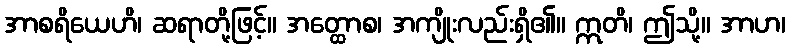
အာစရိယေဟိ၊ ဆရာတို့ဖြင့်။ အတ္ထောစ၊ အကျိုးလည်းရှိ၏။ ဣတိ၊ ဤသို့။ အာဟ၊